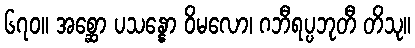
၆၇၀။ အစ္ဆော ပသန္နော ဝိမလော၊ ဂဘီရပ္ပဘုတီ တိသု။